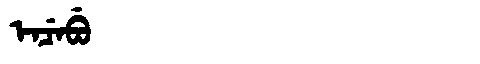
Manchu: ᡝᠨᠴᡝᠪᡠ
Romanization: ENCEBU